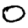
Digit: 0